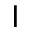
\mathsf { I }